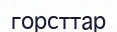
горсттар